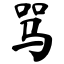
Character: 骂